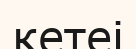
кетеі